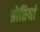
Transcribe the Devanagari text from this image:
प्रोतियां